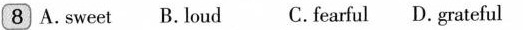
8 A.sweet B.loud C. fearful D. grateful